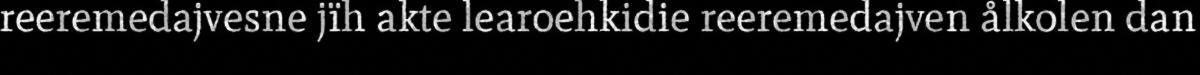
reeremedajvesne jïh akte learoehkidie reeremedajven ålkolen dan